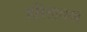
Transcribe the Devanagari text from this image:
हरितावश्व